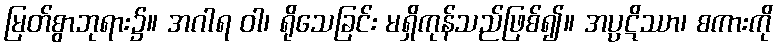
မြတ်စွာဘုရား၌။ အဂါရ ဝါ၊ ရိုသေခြင်း မရှိကုန်သည်ဖြစ်၍။ အပ္ပဋိဿာ၊ စကားကို